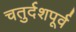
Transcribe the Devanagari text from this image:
चतुर्दशपूर्व